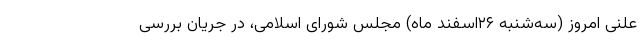
علنی امروز (سه‌شنبه ۲۶اسفند ماه) مجلس شورای اسلامی، در جریان بررسی